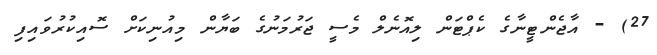
27) - އާޖެންޓީނާގެ ކެޕްޓަން ލިއޮނެލް މެސީ ޖަރުމަނުގެ ބަޔާން މިއުނިކަށް ސޮއިކުރުވައިފި